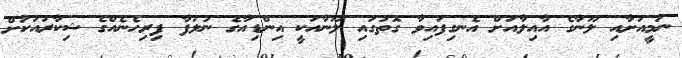
ނަމީއަށާއި ލޫނާގެ އާއިލާއަށް އެނގިފައިވާ ގޮތުގައި ލޫނާއަކީ އިންޑިއާގެ ނުލަފާ ފިރިހެނެއްގެ ޝިކާރައަކަށް